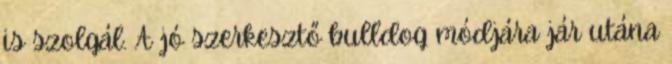
is szolgál. A jó szerkesztő bulldog módjára jár utána